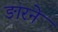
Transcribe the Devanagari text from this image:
ङारने